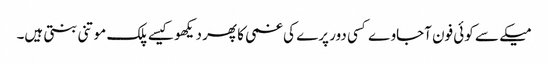
میکے سے کوئی فون آجاوے کسی دور پرے کی غمی کا پھر دیکھو کیسے پلک موتنی بنتی ہیں۔